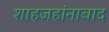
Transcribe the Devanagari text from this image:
शाहजहांनाबाद